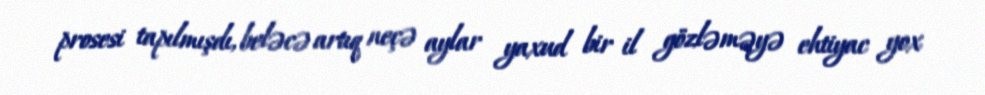
prosesi tapılmışdı, beləcə artıq neçə aylar yaxud bir il gözləməyə ehtiyac yox